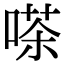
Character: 嗏